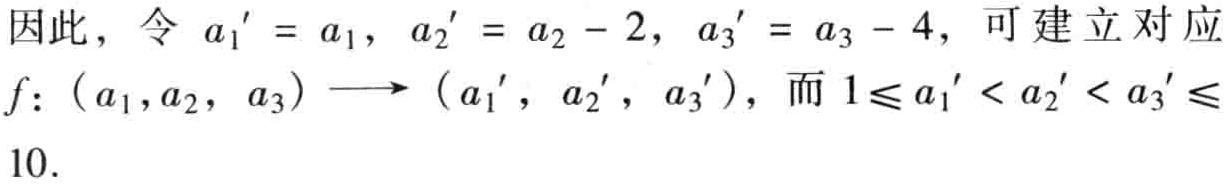
因此，令 \(a_1' = a_1\)，\(a_2' = a_2 - 2\)，\(a_3' = a_3 - 4\)，可建立对应
\(f: (a_1,a_2, a_3)\longrightarrow (a_1', a_2', a_3')\)，而 \(1\leqslant a_1' < a_2' < a_3' \leqslant 10\).